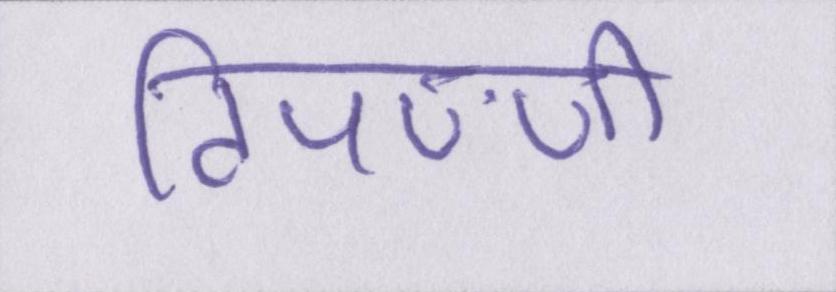
टिपण्णी